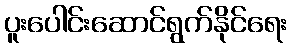
ပူးပေါင်းဆောင်ရွက်နိုင်ရေး